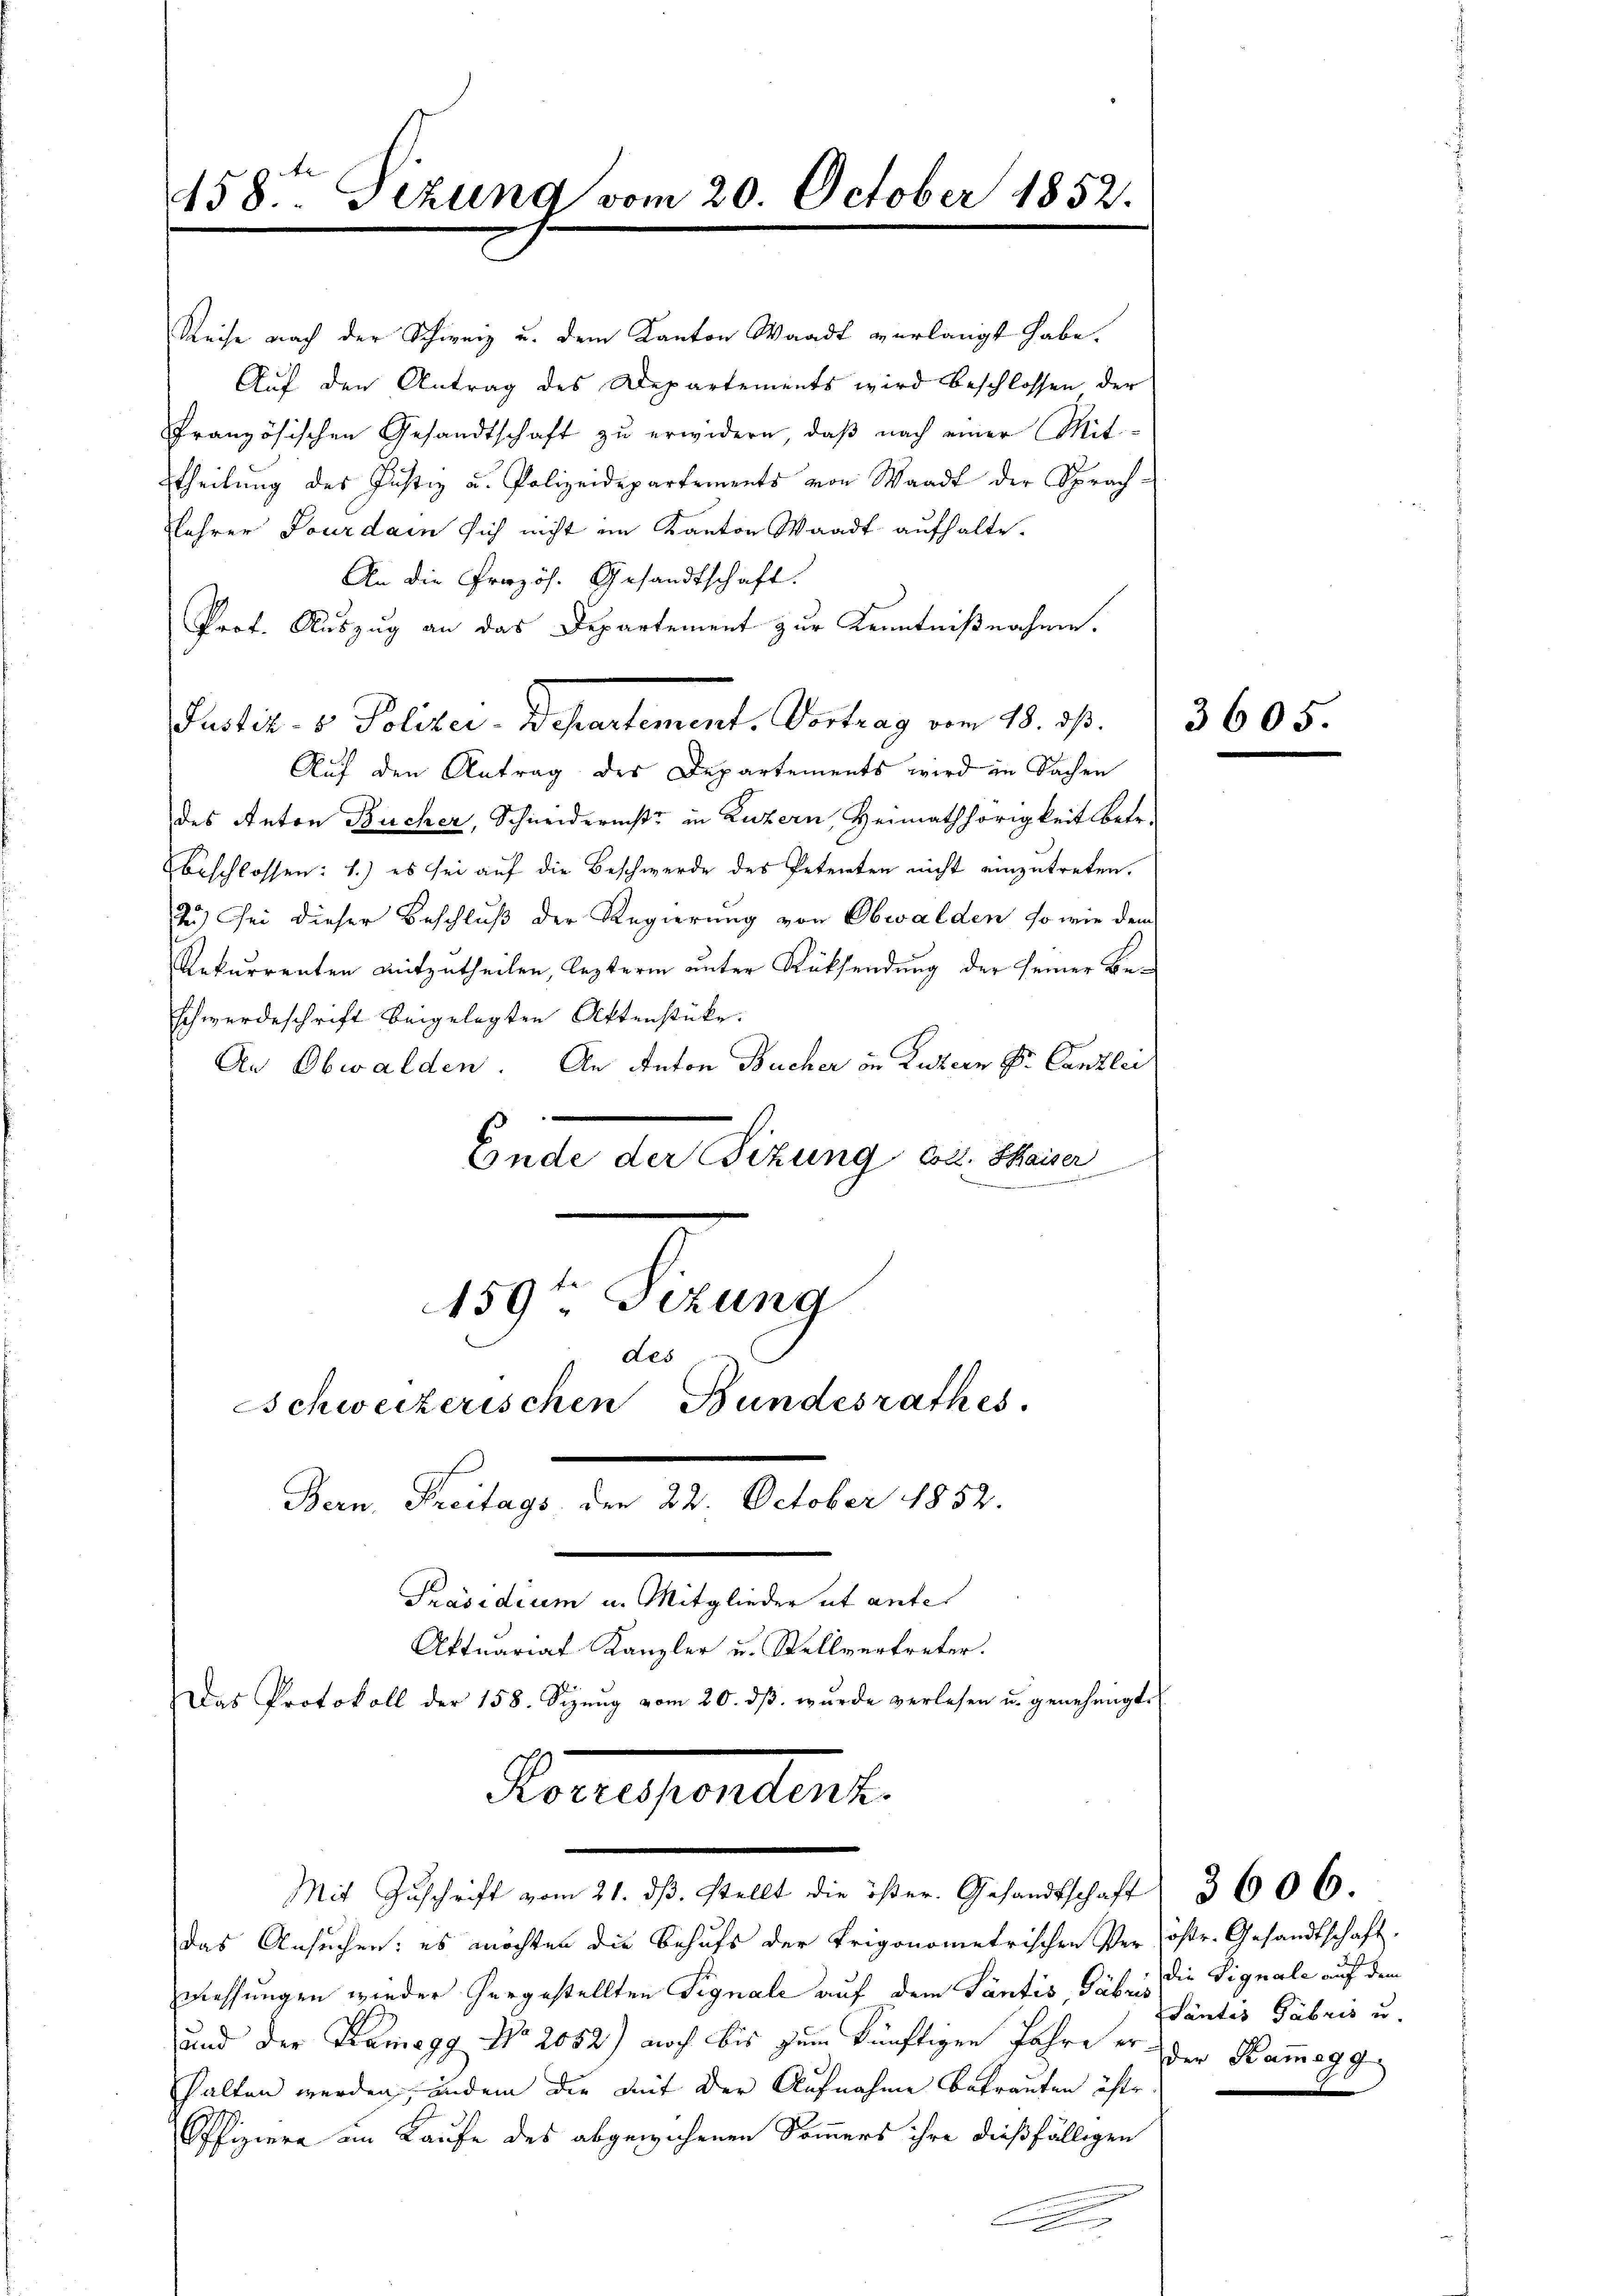
458ten Sizung vom 20. October 1852.

Reise nach der Schweiz u. dem Kanton Waadt verlangt habe.
Auf den Antrag des Departements wird beschlossen der
Französischen Gesandtschaft zu erwidern, daß nach einer Mit-
theilung des Justiz u. Polizeidepartements von Waadt der Sprach¬
Lehrer Jourdain sich nicht im Kanton Waadt aufhalte.
An die Prozös. Gesandtschaft.
Prof. Auszug an das Departement zur Kenntnißnahme.
Aŭf den Antrag des Departements wird in Sachen
des Anton Bücher, Schneiderniße in Luzern, Heimathörigkeit betr.
beschlossen: 1.) es sei auf die Beschwerde des Petenten nicht einzutreten.
2) sei dieser Beschluß der Regierung von Obwalden, so wie dem
Rekurrenten mitzutheilen, lezterm unter Rücksendung der seiner Beschwerdeschrift beigelegten Aktenstücke.
An Obwalden. An Anton Bücher in Luzern Dr. Canzlei
Ende der Sitzung Cout. Kaiser

159t Sizung
des
Schweizerischen Bundesrathes.

Justiz- & Polizei-Departement. Vortrag vom 18. d. 3605

Korrespondert.

Bern, Freitags, den 22. October 1852.
Präsidium u. Mitglieder ut anter
Aktuariat Kanzler u. Stellvertreter.

Das Protokoll der 158. Sizŭng vom 20. dβ wŭrde verlesen u. genehmigt.
das Ansuchen: es möchten die Behufs der Erigonometrischen Veröster-Gesandtschaft.
Messungen wieder hergestellten Signale auf dem Säntis dabei die Vignale auf dem
und der Kramegg No 2052) noch bis zum künftigen Jahre er der Kam̅ogg
halten werden, indem die mit der Aufnahme betrauten öste.
Offiziere am Kaufe des abgewichenen Sommers ihre dießfälligen
.

Mit Zŭschrift vom 21. dβ. stellt die öster. Gesandtschaft 3606.

Santis Fabris u.